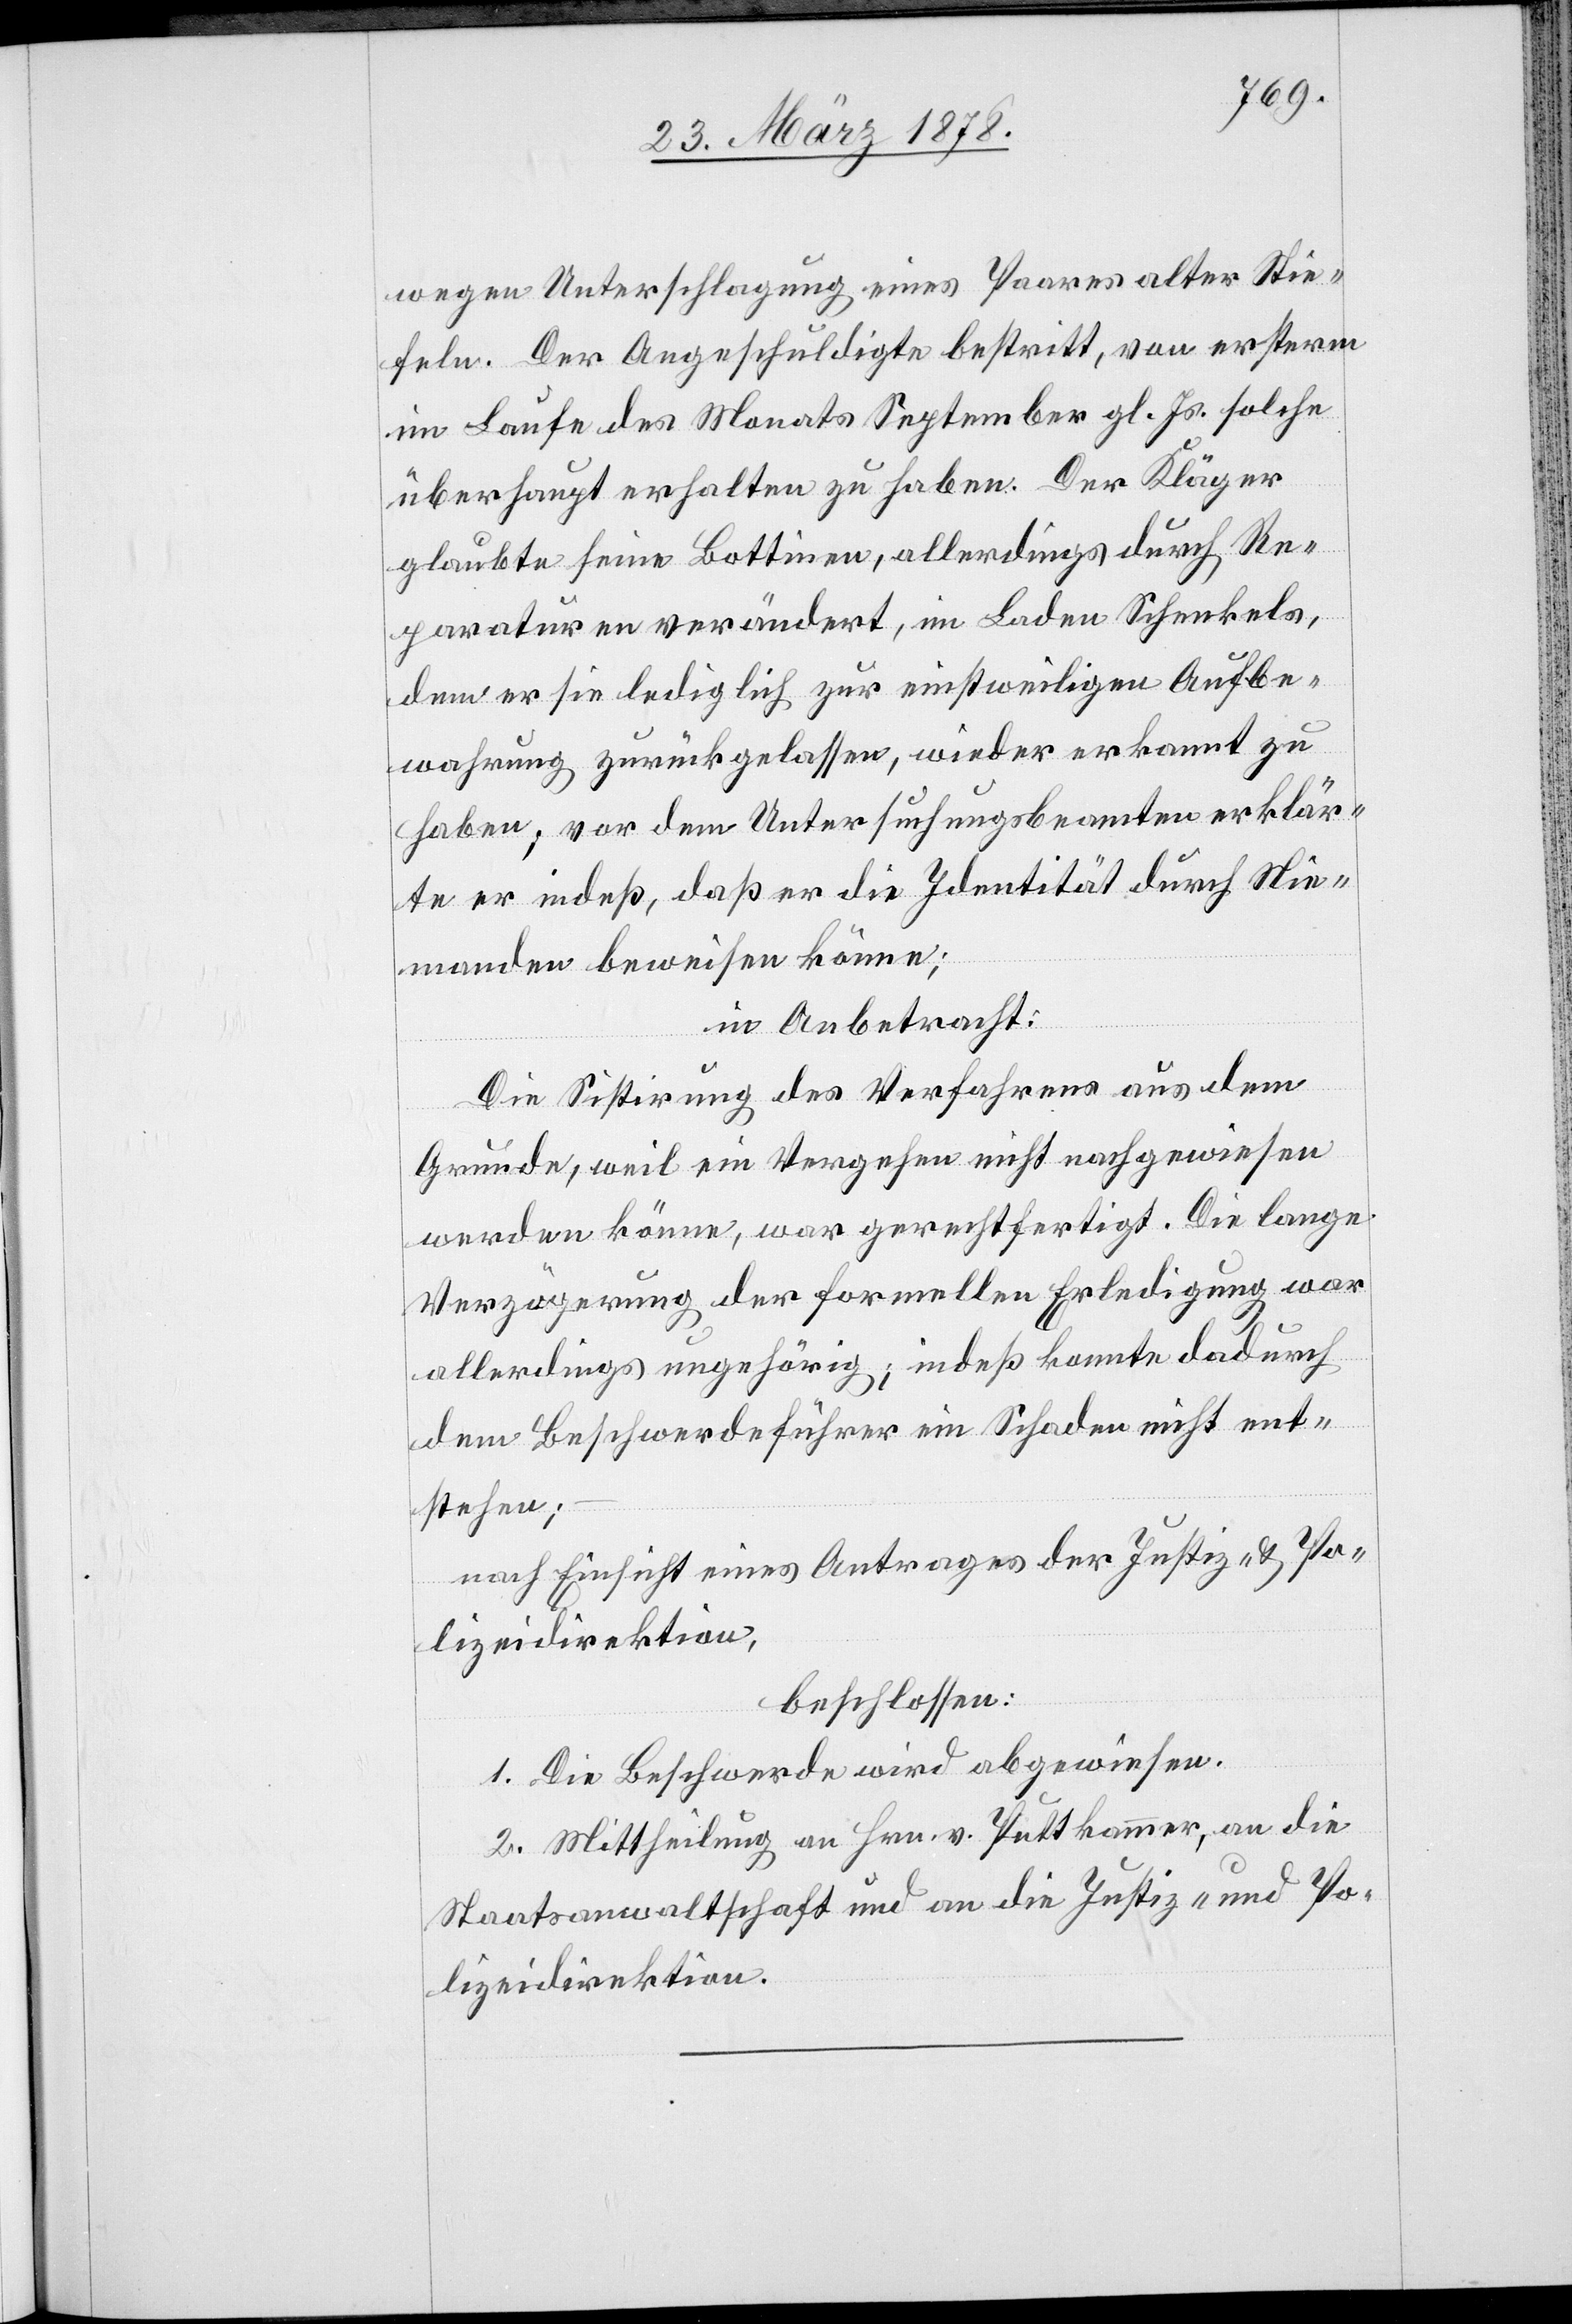
wegen Unterschlagung eines Paares alter Stie¬
feln. Der Angeschuldigte bestritt, von ersterm
im Laufe des Monats September gl. Js. solche
überhaupt erhalten zu haben. Der Kläger
glaubte seine Bottinen, allerdings durch Re¬
paraturen unverändert, im Laden Schenkel,
dem er sie lediglich zur einstweiligen Aufbe¬
wahrung zurückgelassen, wieder erkannt zu
haben; vor dem Untersuchungsbeamten erklär¬
te er indeß, daß er die Identität durch Nie¬
manden beweisen könne;
in Anbetracht:
Die Sistirung des Verfahrens aus dem
Grunde, weil ein Vergehen nicht nachgewiesen
werden könne, war gerechtfertigt. Die lange
Verzögerung der formellen Erledigung war
allerdings ungehörig; indeß konnte dadurch
dem Beschwerdeführer ein Schaden nicht ent¬
stehen;
nach Einsicht eines Antrages der Justiz- & Po¬
lizeidirektion,
beschlossen:
1. Die Beschwerde wird abgewiesen.
2. Mittheilung an Hrn. v. Puttkammer, an die
Staatsanwaltschaft und an die Justiz- und Po¬
lizeidirektion.